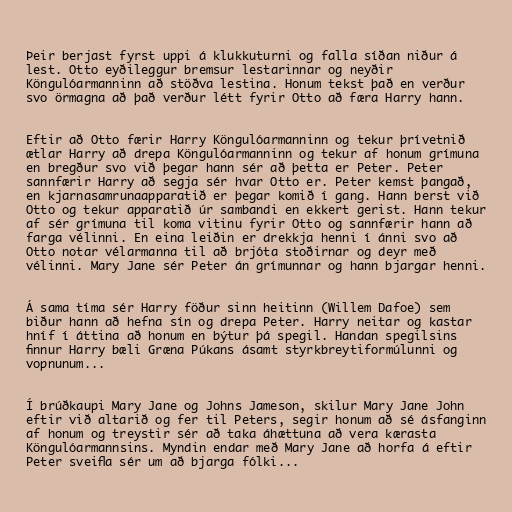
Þeir berjast fyrst uppi á klukkuturni og falla síðan niður á
lest. Otto eyðileggur bremsur lestarinnar og neyðir
Köngulóarmanninn að stöðva lestina. Honum tekst það en verður
svo örmagna að það verður létt fyrir Otto að færa Harry hann.

Eftir að Otto færir Harry Köngulóarmanninn og tekur þrívetnið
ætlar Harry að drepa Köngulóarmanninn og tekur af honum grímuna
en bregður svo við þegar hann sér að þetta er Peter. Peter
sannfærir Harry að segja sér hvar Otto er. Peter kemst þangað,
en kjarnasamrunaapparatið er þegar komið í gang. Hann berst við
Otto og tekur apparatið úr sambandi en ekkert gerist. Hann tekur
af sér grímuna til koma vitinu fyrir Otto og sannfærir hann að
farga vélinni. En eina leiðin er drekkja henni í ánni svo að
Otto notar vélarmanna til að brjóta stoðirnar og deyr með
vélinni. Mary Jane sér Peter án grímunnar og hann bjargar henni.

Á sama tíma sér Harry föður sinn heitinn (Willem Dafoe) sem
biður hann að hefna sín og drepa Peter. Harry neitar og kastar
hníf í áttina að honum en býtur þá spegil. Handan spegilsins
finnur Harry bæli Græna Púkans ásamt styrkbreytiformúlunni og
vopnunum...

Í brúðkaupi Mary Jane og Johns Jameson, skilur Mary Jane John
eftir við altarið og fer til Peters, segir honum að sé ásfanginn
af honum og treystir sér að taka áhættuna að vera kærasta
Köngulóarmannsins. Myndin endar með Mary Jane að horfa á eftir
Peter sveifla sér um að bjarga fólki...